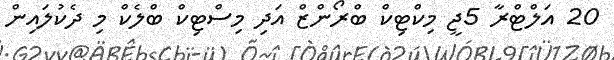
20 އަލްޓްރާ 5ޖީ މިކްޓިކް ބްރޯންޒް އަދި މިސްޓިކް ބްލެކް މި ދެކުލައިން